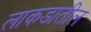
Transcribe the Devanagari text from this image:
लाकडातील